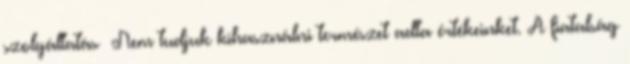
szolgáltatás ▪Nem tudjuk kihasználni természet adta értékeinket. A fiatalság